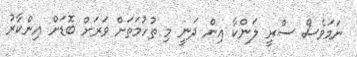
ނަމަވެސް ސްރީ ލަންކާ އިން ދަނީ މި ތުހުމަތަށް ވަރަށް ބޮޑަށް އިންކާރު